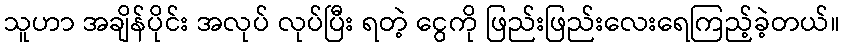
သူဟာ အချိန်ပိုင်း အလုပ် လုပ်ပြီး ရတဲ့ ငွေကို ဖြည်းဖြည်းလေးရေကြည့်ခဲ့တယ်။